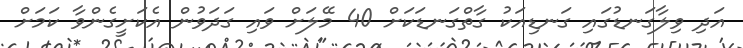
އަދި ވިލާގަނޑުގައި ގަނޑިއަކު ގާތްގަނޑަކަށް 40 މޭލަށް ވައި ގަދަވުން އެކަށީގެންވާ ކަމަށް